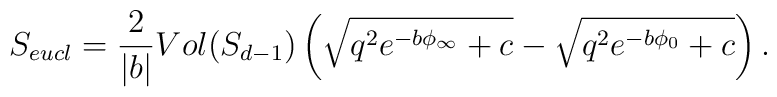
S_{eucl}={2\over |b|} Vol(S_{d-1})\left(\sqrt{q^2 e^{-b\phi_\infty}+c}-  \sqrt{q^2 e^{-b\phi_0}+c}\right) .